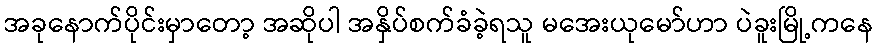
အခုနောက်ပိုင်းမှာတော့ အဆိုပါ အနှိပ်စက်ခံခဲ့ရသူ မအေးယုမော်ဟာ ပဲခူးမြို့ကနေ